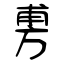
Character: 旉